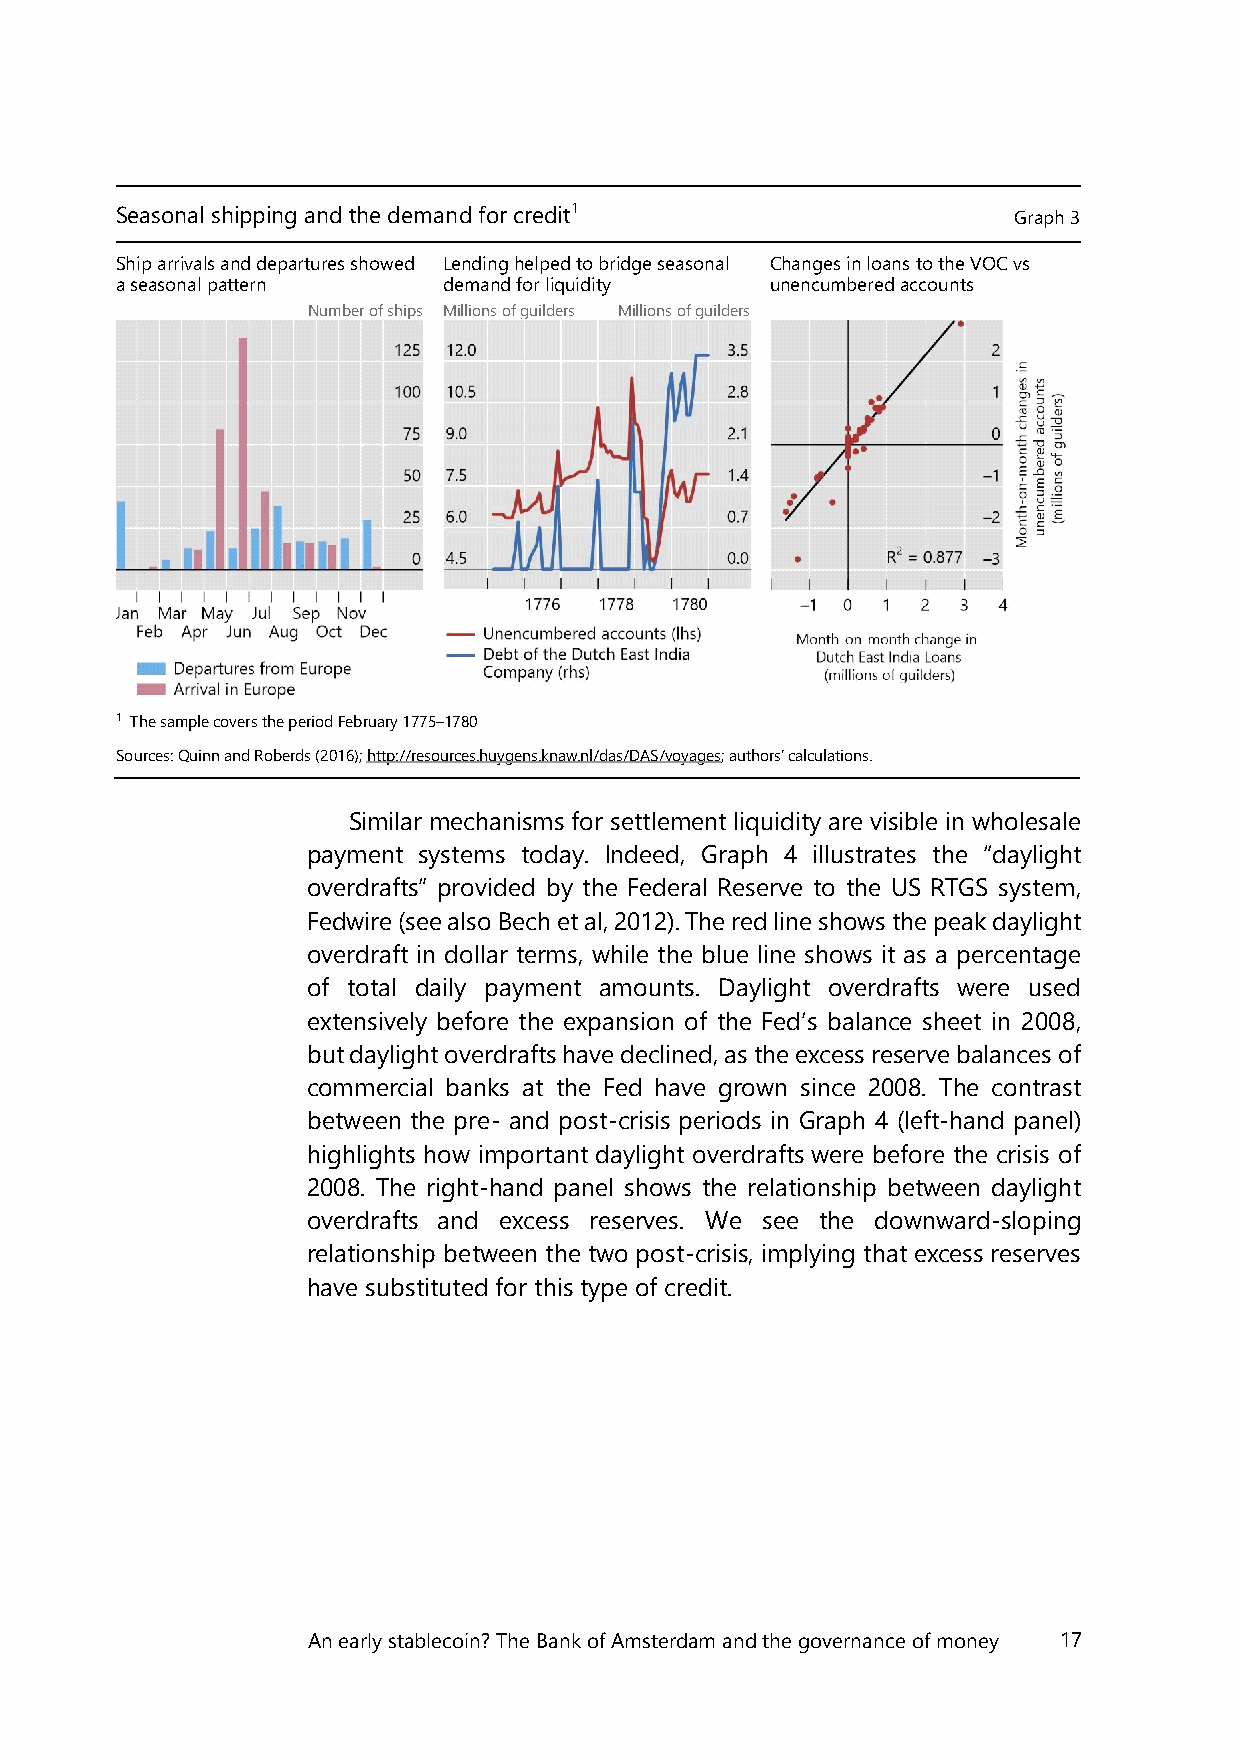
Seasonal shipping and the demand for credit1               Graph 3
 Ship arrivals and departures showed Lending helped to bridge seasonal Changes in loans to the VOC vs
 a seasonal pattern   demand for liquidity  unencumbered accounts
 Number of ships Millions of guilders Millions of guilders
 1 The sample covers the period February 1775–1780
 Sources: Quinn and Roberds (2016); http://resources.huygens.knaw.nl/das/DAS/voyages; authors’ calculations.
 Similar mechanisms for settlement liquidity are visible in wholesale
 payment systems today. Indeed, Graph 4 illustrates the “daylight
 overdrafts” provided by the Federal Reserve to the US RTGS system,
 Fedwire (see also Bech et al, 2012). The red line shows the peak daylight
 overdraft in dollar terms, while the blue line shows it as a percentage
 of total daily payment amounts. Daylight overdrafts were used
 extensively before the expansion of the Fed’s balance sheet in 2008,
 but daylight overdrafts have declined, as the excess reserve balances of
 commercial banks at the Fed have grown since 2008. The contrast
 between the pre- and post-crisis periods in Graph 4 (left-hand panel)
 highlights how important daylight overdrafts were before the crisis of
 2008. The right-hand panel shows the relationship between daylight
 overdrafts and excess reserves. We see the downward-sloping
 relationship between the two post-crisis, implying that excess reserves
 have substituted for this type of credit.
 An early stablecoin? The Bank of Amsterdam and the governance of money 17